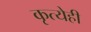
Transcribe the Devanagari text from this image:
कृत्येही